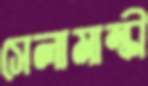
সেলামাল্কী